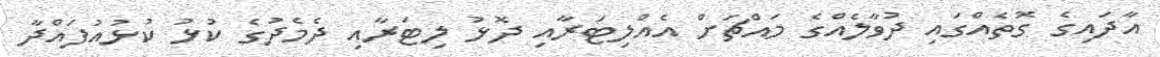
އާދައިގެ ގޮތެއްގައި ދުވާލެއްގެ މައްޗަށް އެއްލިޓަރާއި ދޮޅު ލިޓަރާއި ދެމެދުގެ ކުޅު ކުޅުއުފައްދާ